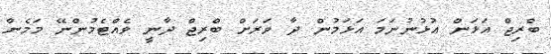
ބްރިޖް އަޅަން އުޅުނުނަމަ އަޅަމުން ދާ ވަރަށް ބްރިޖް ދާނީ ވެއްޓެމުންނޭ މަމެން